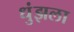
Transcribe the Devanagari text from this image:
धुंझला